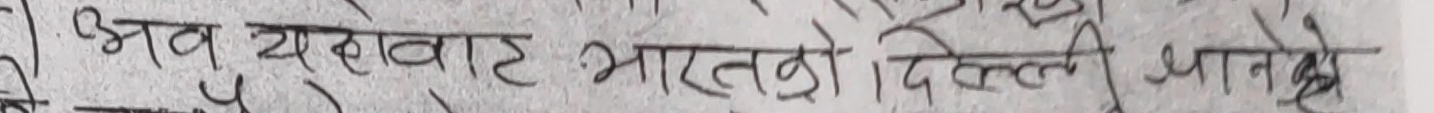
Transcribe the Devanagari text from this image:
भवु कुशवाहु भारतको दिल्ली जानेछे